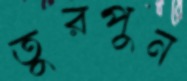
তুরপুন